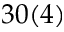
3 0 ( 4 )